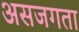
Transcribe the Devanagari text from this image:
असजगता